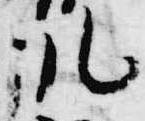
訓